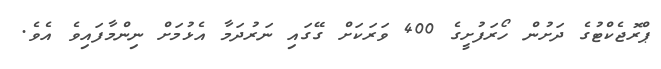
ޕްރޮޖެކްޓުގެ ދަށުން ހޯރަފުށީގެ 400 ވަރަކަށް ގޭގައި ނަރުދަމާ އެޅުމަށް ނިންމާފައިވެ އެވެ.